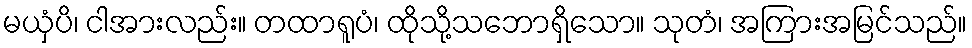
မယှံပိ၊ ငါအားလည်း။ တထာရူပံ၊ ထိုသို့သဘောရှိသော။ သုတံ၊ အကြားအမြင်သည်။